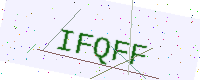
Text: IFQFF